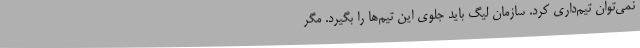
نمی‌توان تیم‌داری کرد. سازمان لیگ باید جلوی این تیم‌ها را بگیرد. مگر